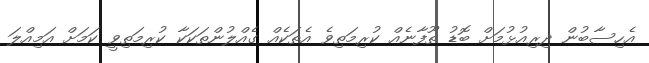
އެހިސާބުން ދިރިއުޅުމަށް ބޮޑު ތޫފާނެއް ކުރިމަތިވެ އެތަކެއް ގެއްލުންތަކަކާ ކުރިމަތިވީ ކަމަށް އަމިއްލަ